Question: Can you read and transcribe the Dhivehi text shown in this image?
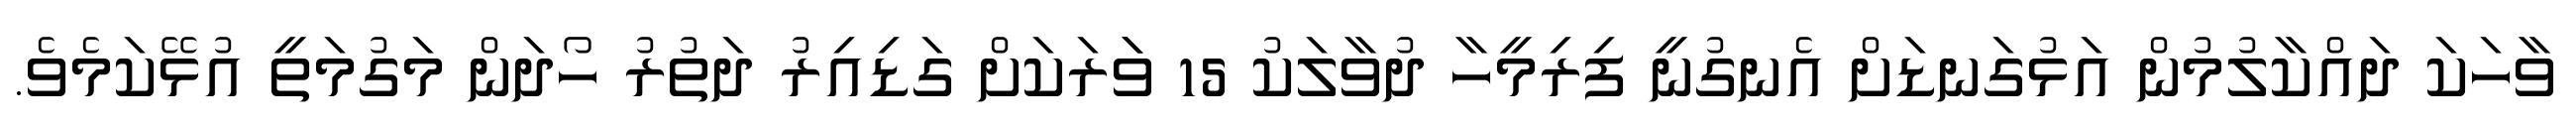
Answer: ވާހަކަ ދައްކާލުމުން އަޅުގަނޑަށް އެނގުނީ ފިރިމީހާ ދުވާލަކު 15 ވަަރަކަށް ގަޑިއިރު ދަތުރު ހޯދަން މަގުމަތީ އުޅޭކަމެވެ.